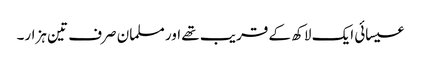
عیسائی ایک لاکھ کے قریب تھے اور مسلمان صرف تین ہزار۔